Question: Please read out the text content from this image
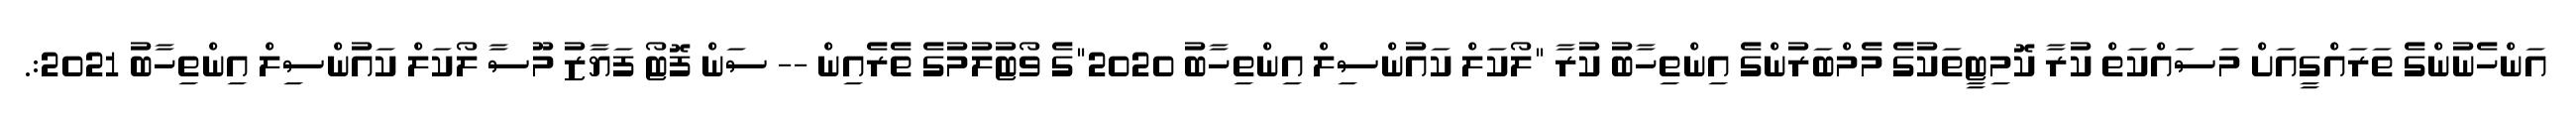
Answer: އަންހެނުންގެ ތަރައްގީއަށް މަސައްކަތް ކުރާ ކޮމިޓީތަކުގެ މެމްބަރުންގެ އިންތިހާބު ކުރާ "ލޯކަލް ކައުންސިލް އިންތިހާބު 2020"ގެ ވޯޓުލުމުގެ ތެރެއިން -- ސަން ފޮޓޯ ފަޔާޒު މޫސާ ލޯކަލް ކައުންސިލް އިންތިހާބު 2021:.